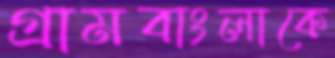
গ্রামবাংলাকে